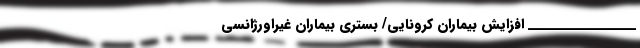
__________________ افزایش بیماران کرونایی/ بستری بیماران غیراورژانسی